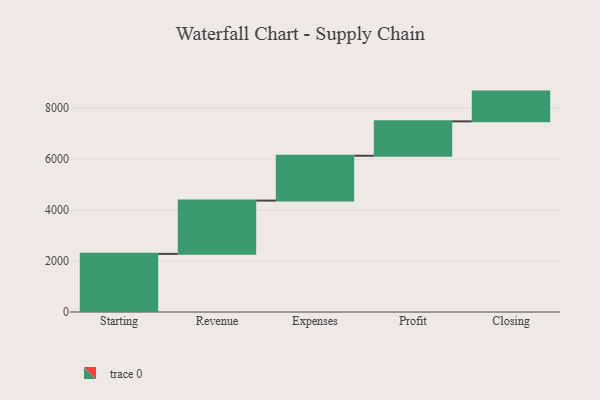
{"axis": {"x": "Step", "y": "Value"}, "legend": [""], "data": [{"x": "Starting", "y": 2280.0, "type": ""}, {"x": "Revenue", "y": 2090.0, "type": ""}, {"x": "Expenses", "y": 1759.0, "type": ""}, {"x": "Profit", "y": 1349.0, "type": ""}, {"x": "Closing", "y": 1167.0, "type": ""}]}